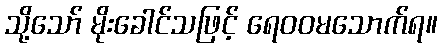
သို့သော် မိုးခေါင်သဖြင့် ရေဝဝမသောက်ရ။